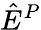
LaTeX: \hat{E}^{P}